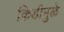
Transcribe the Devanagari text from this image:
किडीमुळे